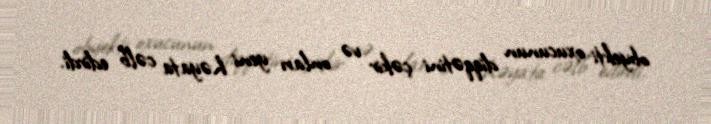
obyekti oxucunun diqqətini çəkir və onları yeni həyata cəlb edirdi.